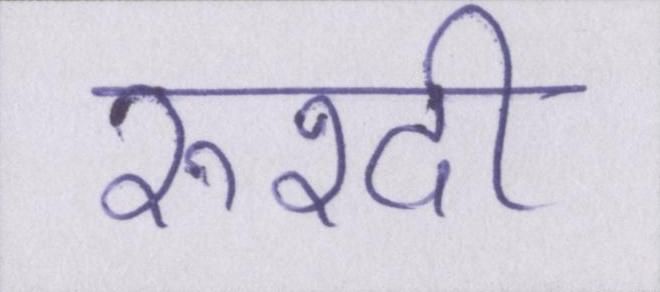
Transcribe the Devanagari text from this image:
रुश्दी